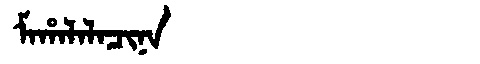
Manchu: ᠮᠠᡥᠠᠯᠠᠯᠠᠴᡳᠨᠠ
Romanization: MAHALALACINA